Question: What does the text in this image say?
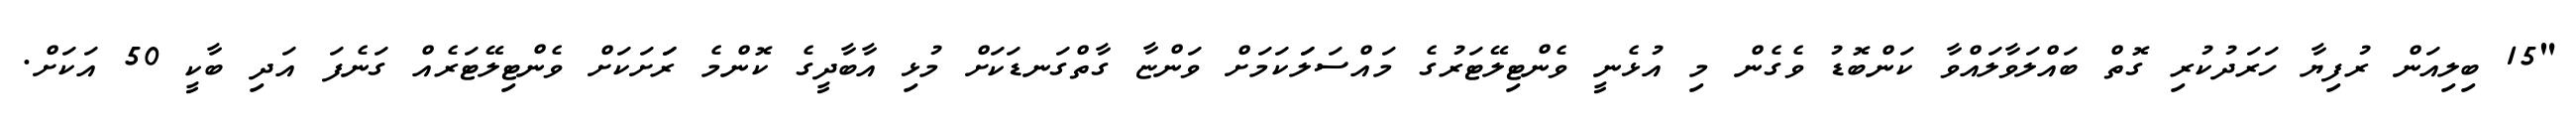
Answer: "15 ބިލިއަން ރުފިޔާ ހަރަދުކުރި ގޮތް ބައްލަވާލައްވާ ކަންބޮޑު ވެގެން މި އުޅެނީ ވެންޓިލޭޓަރުގެ މައްސަލަަކަމަށް ވަންޏާ ގާތްގަނޑަކަށް މުޅި އާބާދީގެ ކޮންމެ ރަަށަކަށް ވެންޓިލޭޓަރެއް ގަނެފަ އަދި ބާކީ 50 އަކަށް.